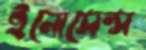
ইনোসেন্স